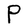
Character: P